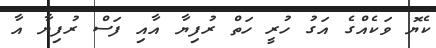
ކެޔޮ ވަކެއްގެ އަގު ހުރީ ހަތް ރުފިޔާ އާއި ފަސް ރުފިޔާ އާ